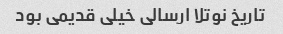
تاریخ نوتلا ارسالی خیلی قدیمی بود